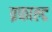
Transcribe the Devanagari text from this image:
व्रफाल्ट